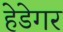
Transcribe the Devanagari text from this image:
हेडेगर